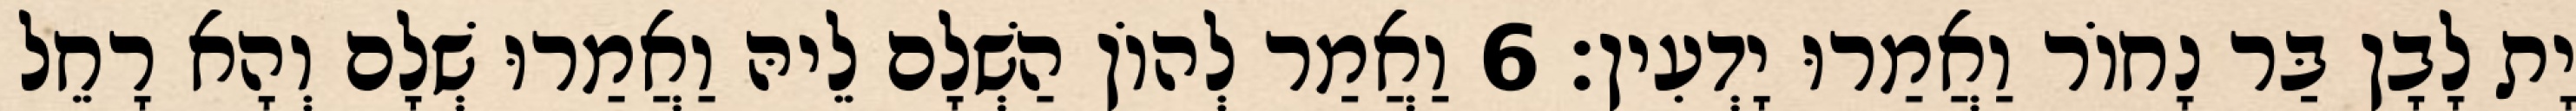
יָת לָבָן בַּר נָחוֹר וַאֲמַרוּ יָדְעִין׃ 6 וַאֲמַר לְהוֹן הַשְׁלָם לֵיהּ וַאֲמַרוּ שְׁלָם וְהָא רָחֵל